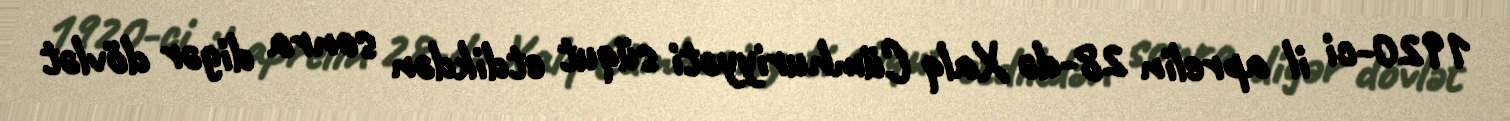
1920-ci il aprelin 28-də Xalq Cümhuriyyəti süqut etdikdən sonra digər dövlət